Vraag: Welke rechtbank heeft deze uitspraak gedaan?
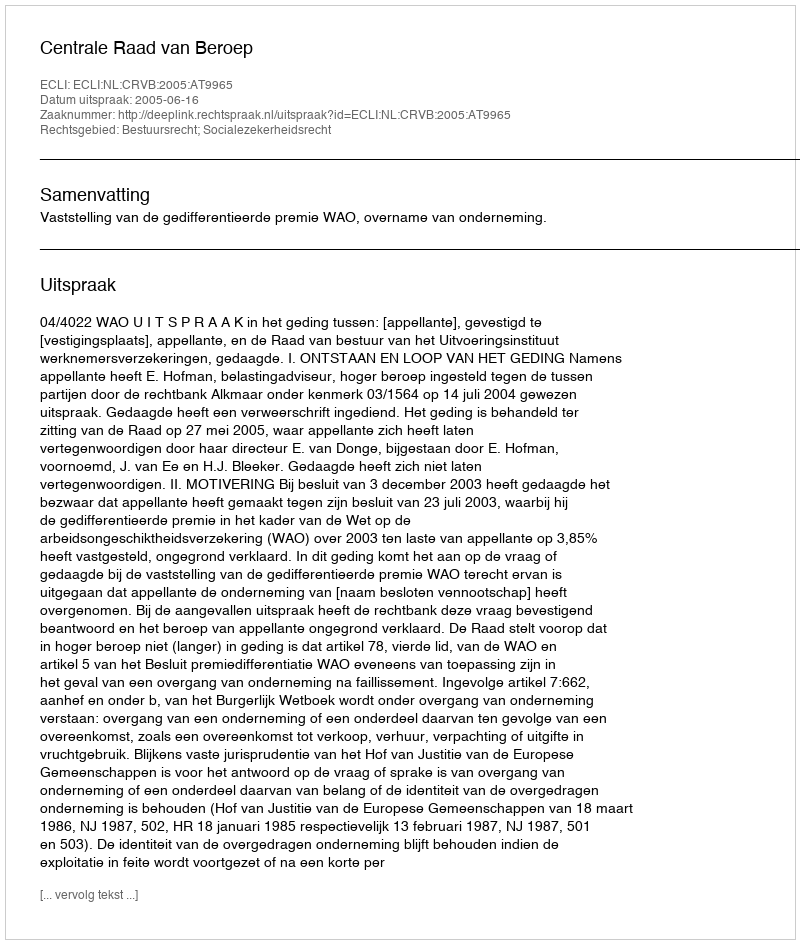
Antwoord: Centrale Raad van Beroep